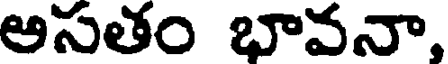
అసతం భావనా,